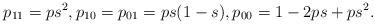
LaTeX: \begin{align*} p_{11}=ps^2, p_{10}=p_{01}=ps(1-s), p_{00}=1-2ps+ps^2. \end{align*}